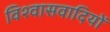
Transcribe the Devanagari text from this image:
विश्वासवादियों